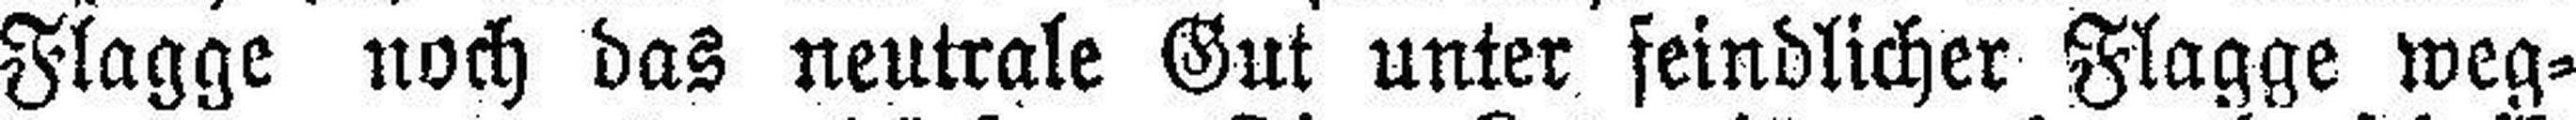
Flagge noch das neutrale Gut unter feindlicher Flagge weg¬